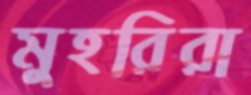
মুহরিরা